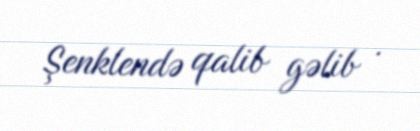
Şenklendə qalib gəlib .